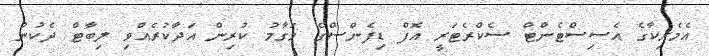
އެމެރިކާގެ އެސިސްޓެންޓް ސެކްރެޓަރީ އޮފް ޑިފެންސްގެ މަގާމު ކުރިން އަދާކުރެއްވި ލިބާޓް ދެކުނު